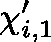
\mathbf { \chi } _ { i , 1 } ^ { \prime }